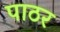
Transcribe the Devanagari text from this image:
पाठर